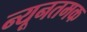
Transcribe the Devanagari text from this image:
न्यूनतमक